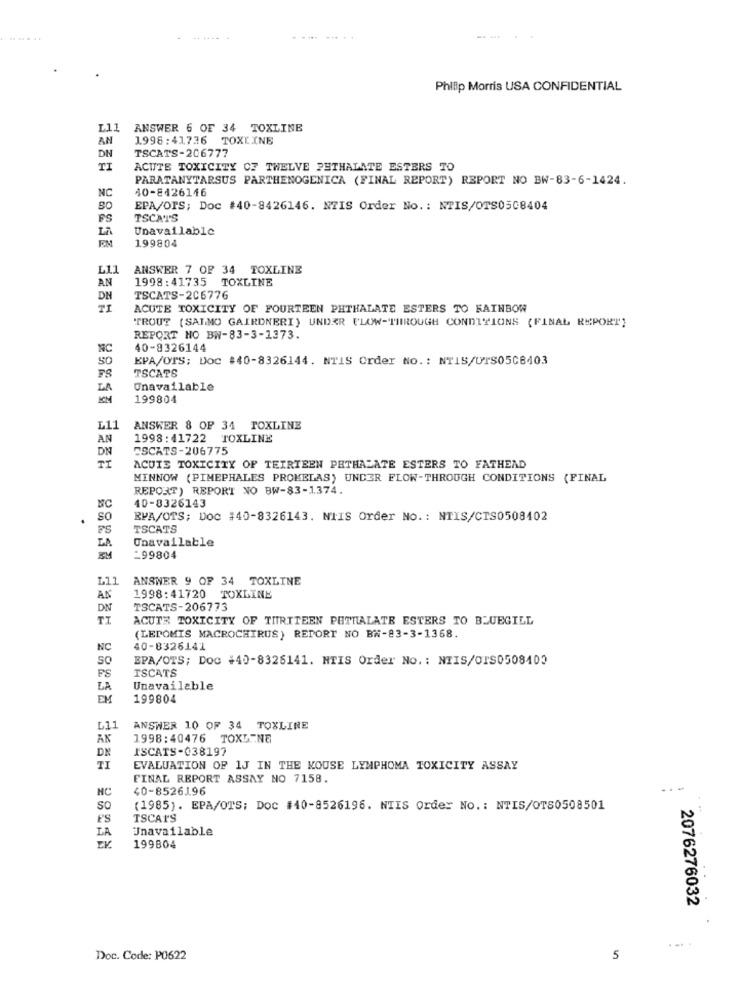
.. .....
Philip Morris USA CONFIDENTIAL
L11
ANSWER 6 OF 34 TOXLINE
AN
1998:41736 TOXLINE
TSCATS-206777
DN
TI
ACUTE TOXICITY OF TWELVE PHTHALATE ESTERS TO
PARATANYTARSUS PARTHENOGENICA (FINAL REPORT) REPORT NO BW-83-6-1424.
40-8426146
NC
EPA/OPS; Doc #40-8426146. NTIS Order No .: NTIS/OTS0508404
FS
TSCAT'S
LA
Unavailable
199804
L11
ANSWER 7 OF 34 TOXLINE
AN
1998:41735 TOXLINE
DN
TSCATS-206776
ACUTE TOXICITY OF FOURTEEN PHTHALATE ESTERS TO RAINBOW
TROUT ( SALMO GAIRONERI) UNDER FLOW-THROUGH CONDITIONS (FINAL REPORT]
REPORT HO BW-83-3-1373.
NC
40-8326144
SO
EPA/OTS; Doc #40-8326144. NTIS Order No .: NTIS/UTS05C8403
TSCATS
LA
Unavailable
199804
L11
ANSWER & OF 34 FOXLINE
AN
1998:41722 TOXLINE
DN
ESCATS-206775
IT
ACUTE TOXICITY OF TEIRTEEN PHTHALATE ESTERS TO FATHEAD
MINNOW (PIMEPHALES PROMELAS) UNDER FLOW-THROUGH CONDITIONS (FINAL
REPORT) REPORT NO BW-83-1374.
MC
40-8326143
.
SO
EPA/OTS; Doc #40-8326143. NIIS Order No .: NTIS/CTS0508402
TSCATS
Unavailable
LA
-99804
L11
ANSWER 9 OF 34 TOXLINE
AN
1998:41720 TOXLINE
DN
TSCATS-206773
ACUTE TOXICITY OF THRITEEN PETTALATE ESTERS TO BLUEGILL
(LEPOMIS MACROCHIRUS) REPORT NO BW-83-3-1368.
NC
40-8326141
So
EPA/OTS; Doc +40-8326141. NTIS Order No. : NIIS/OIS0508400
FS
ISCATS
LA
Unavailable
EM
199804
ANSWER 10 OF 34 TOXLINE
AK
1998:40476 TOXLINE
DN
ISCATS-038197
II
EVALUATION OF 1J IN THE MOUSE LYMPHOMA TOXICITY ASSAY
FINAL REPORT ASSAY NO 7158.
NC
40-8526196
-.-
So
(1985). EPA/OTS; Doc #40-8526196. NIIS Order No .: NTIS/OTS0508501
F'S
TSCAIS
LA
Unavailable
199804
2076276032
....
Doc. Code: P0622
5